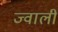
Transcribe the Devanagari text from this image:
ज्वाली